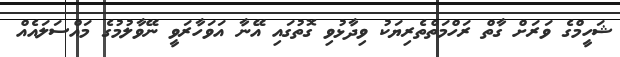
ޝަހީމްގެ ވަރަށް ގާތް ރަހްމަތްތެރިޔަކު ވިދާޅުވި ގޮތުގައި އޭނާ އަވަހާރަވީ ނޭވާލުމުގެ މައްސަލައެއް